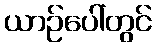
ယာဉ်ပေါ်တွင်